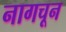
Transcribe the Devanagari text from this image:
नागचून